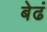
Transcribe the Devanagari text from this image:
बेढं